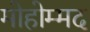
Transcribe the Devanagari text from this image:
मोहोम्मद